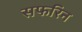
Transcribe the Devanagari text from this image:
सफरिन